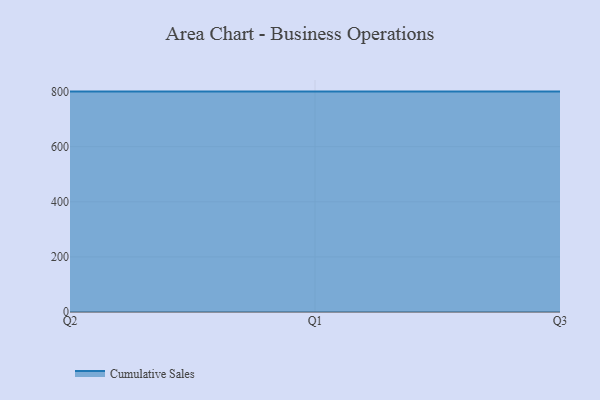
{"axis": {"x": "Quarter", "y": "Latency (ms)"}, "legend": ["Cumulative Sales"], "data": [{"x": "Q2", "y": 800, "type": "Cumulative Sales"}, {"x": "Q1", "y": 800, "type": "Cumulative Sales"}, {"x": "Q3", "y": 800, "type": "Cumulative Sales"}]}